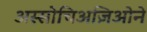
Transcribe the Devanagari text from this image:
अस्सोचिअज़िओने